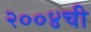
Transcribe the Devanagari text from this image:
२००४ची